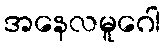
အနေလမူဂေါ